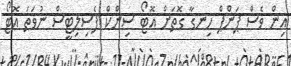
އިން ވެސް ޕަންޕް ހިނގާ ގޮތަށް އޮޓޯ ސިންކް ފެސިލިޓީސް ނުވަތަ އޮޓޯ